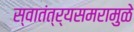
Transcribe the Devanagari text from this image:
स्वातंत्र्यसमरामुळे